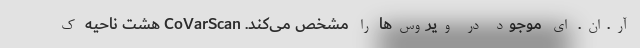
آر.ان. ای موجود در ویروس‌ها را مشخص می‌کند. CoVarScan هشت ناحیه ک